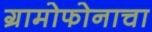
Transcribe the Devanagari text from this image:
ग्रामोफोनाचा